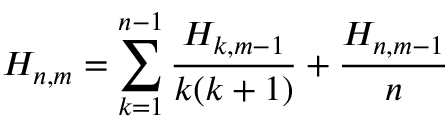
H _ { n , m } = \sum _ { k = 1 } ^ { n - 1 } { \frac { H _ { k , m - 1 } } { k ( k + 1 ) } } + { \frac { H _ { n , m - 1 } } { n } }